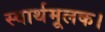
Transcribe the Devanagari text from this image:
स्वार्थमूलक।